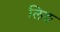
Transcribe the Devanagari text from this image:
लिङ